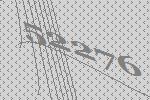
52276